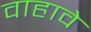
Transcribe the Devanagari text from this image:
वाहावे